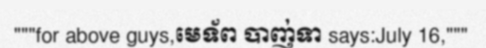
"""for above guys,មេទ័ព បាញ់ទា says:July 16,"""